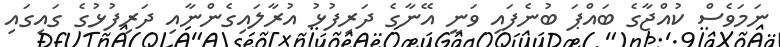
ނަމަވެސް ކުއްޖާގެ ބައްޕަ ބުނެފައި ވަނީ އޭނާގެ ދަރިފުޅު އުރާލައިގެންނާއި ދަރިފުޅުގެ ގައިގައި